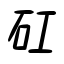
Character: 矼